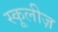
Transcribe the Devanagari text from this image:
स्कूलीज़